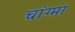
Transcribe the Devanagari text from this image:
चांग्मा